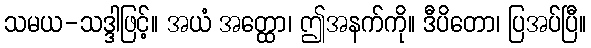
သမယ-သဒ္ဒါဖြင့်။ အယံ အတ္ထော၊ ဤအနက်ကို။ ဒီပိတော၊ ပြအပ်ပြီ။